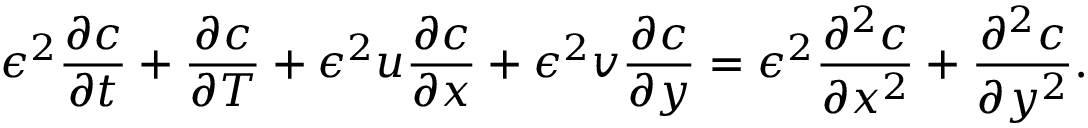
\epsilon ^ { 2 } \frac { \partial c } { \partial t } + \frac { \partial c } { \partial T } + \epsilon ^ { 2 } u \frac { \partial c } { \partial x } + \epsilon ^ { 2 } v \frac { \partial c } { \partial y } = \epsilon ^ { 2 } \frac { \partial ^ { 2 } c } { \partial x ^ { 2 } } + \frac { \partial ^ { 2 } c } { \partial y ^ { 2 } } .